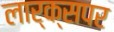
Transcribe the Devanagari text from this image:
लार्क्सपर